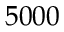
5 0 0 0